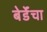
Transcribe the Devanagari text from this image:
बेर्डेंचा